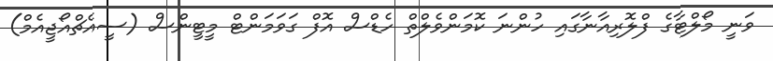
ވަނީ މޯލްޓާގެ ފްލޮރިއާނާގައި ހުންނަ ކޮމަންވެލްތް ހެޑްސް އޮފް ގަވަަމަންޓް މީޓީންސް (ސީއެޗްއޯޖީއެމް)